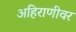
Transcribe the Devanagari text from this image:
अहिराणीवर